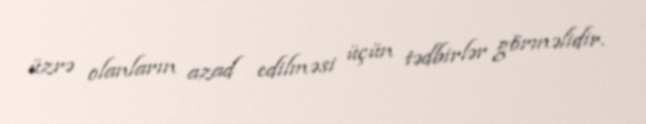
üzrə olanların azad edilməsi üçün tədbirlər görməlidir.